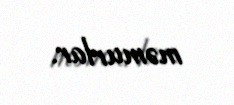
məmurlar.